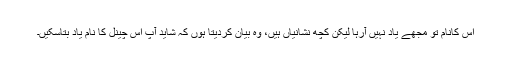
اس کانام تو مجھے یاد نہیں آرہا لیکن کچھ نشانیاں ہیں، وہ بیان کردیتا ہوں کہ شاید آپ اس چینل کا نام یاد بتاسکیں۔